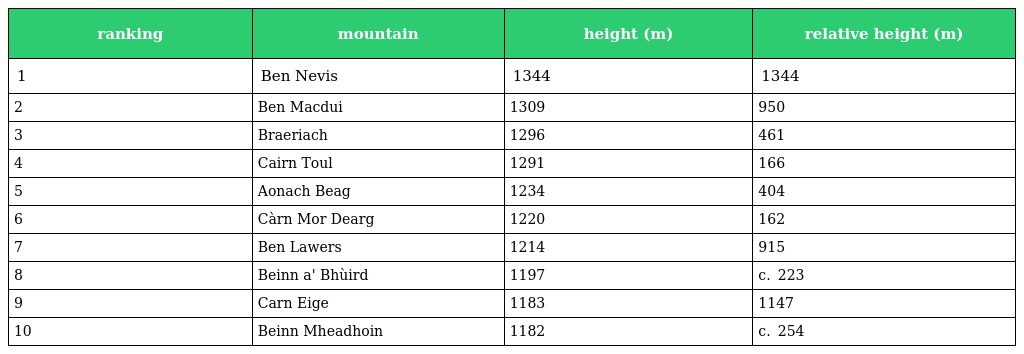
| ranking | mountain | height (m) | relative height (m) |
 | --- | --- | --- | --- |
 | 1 | Ben Nevis | 1344 | 1344 |
 | 2 | Ben Macdui | 1309 | 950 |
 | 3 | Braeriach | 1296 | 461 |
 | 4 | Cairn Toul | 1291 | 166 |
 | 5 | Aonach Beag | 1234 | 404 |
 | 6 | Càrn Mor Dearg | 1220 | 162 |
 | 7 | Ben Lawers | 1214 | 915 |
 | 8 | Beinn a' Bhùird | 1197 | c.  223 |
 | 9 | Carn Eige | 1183 | 1147 |
 | 10 | Beinn Mheadhoin | 1182 | c.  254 |